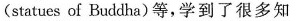
(statues of Buddha)等，学到了很多知